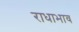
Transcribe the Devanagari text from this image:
राधाभाव